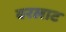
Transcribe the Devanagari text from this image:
वरलाट